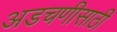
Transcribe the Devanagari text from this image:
अडचणीसाठी